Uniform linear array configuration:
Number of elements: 48
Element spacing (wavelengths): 1
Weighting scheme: cosine
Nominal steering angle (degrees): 30
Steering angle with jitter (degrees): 30.874
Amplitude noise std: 0.05
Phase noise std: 0.05

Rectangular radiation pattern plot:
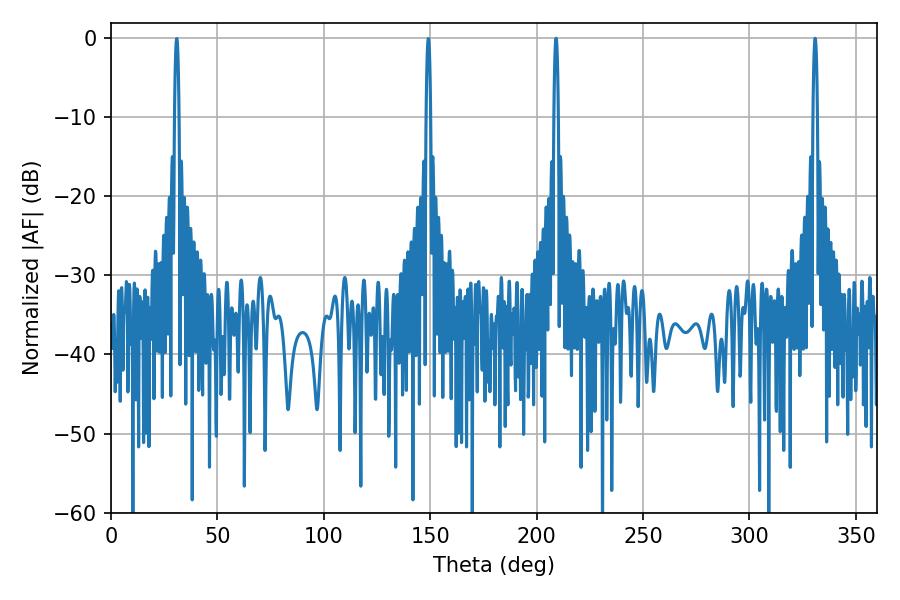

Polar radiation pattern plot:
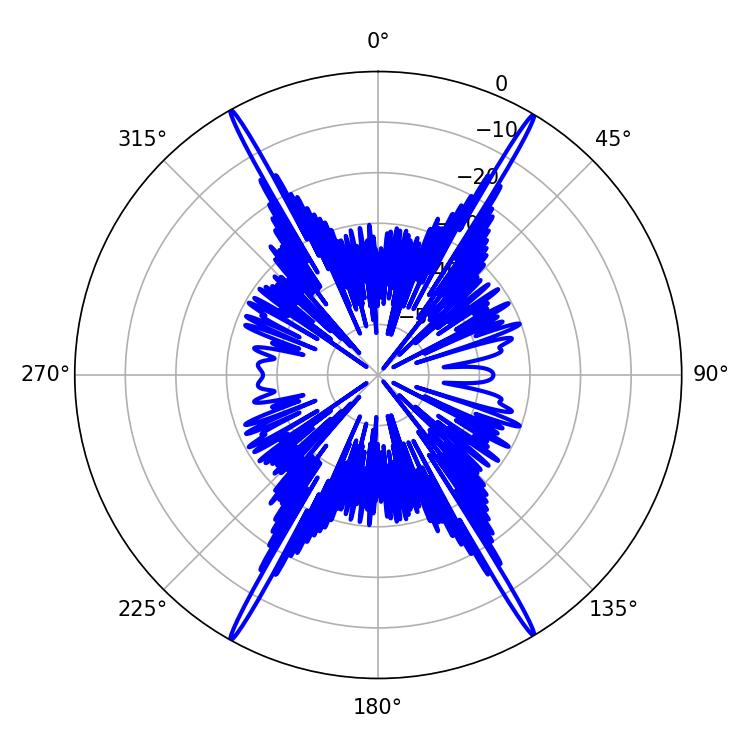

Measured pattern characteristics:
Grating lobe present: TRUE
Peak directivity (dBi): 30.672
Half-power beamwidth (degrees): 1.08
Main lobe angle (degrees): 330.84